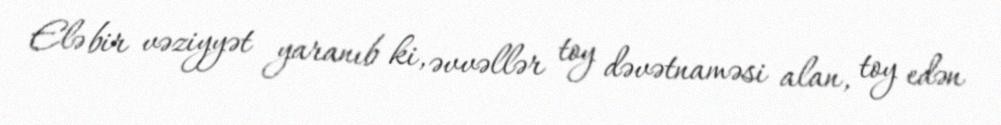
Elə bir vəziyyət yaranıb ki, əvvəllər toy dəvətnaməsi alan, toy edən